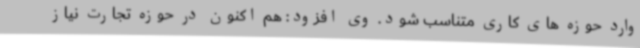
وارد حوزه های کاری متناسب شود. وی افزود: هم اکنون در حوزه تجارت نیاز